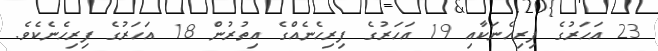
23 އަހަރުގެ ފިރިހެނަކާއި 19 އަހަރުގެ ފިރިހެނެއްގެ އިތުރުން 18 އަހަރުގެ ފިރިހެނެކެވެ.